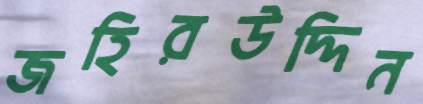
জহিরউদ্দিন